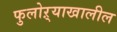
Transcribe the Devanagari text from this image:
फुलोऱ्याखालील